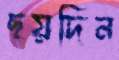
ছয়দিন